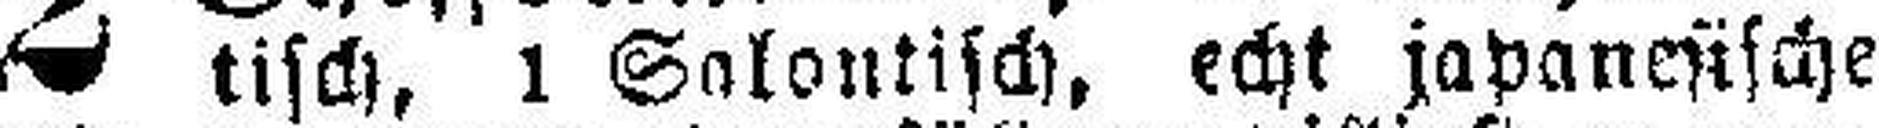
tisch, 1 Salontisch, echt japanesische